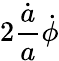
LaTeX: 2\frac{\dot{a}}{a}\dot{\phi}